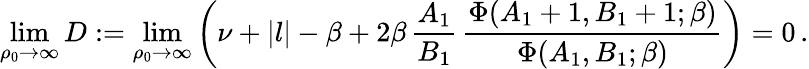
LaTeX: \operatorname*{lim}_{\rho_{0}\rightarrow\infty}D:=\operatorname*{lim}_{\rho_{0}\rightarrow\infty}\left(\nu+|l|-\beta+2\beta\, {\frac{A_{1}}{B_{1}}}\, {\frac{\Phi(A_{1}+1,B_{1}+1;\beta)}{\Phi(A_{1},B_{1};\beta)}}\right)=0\, .